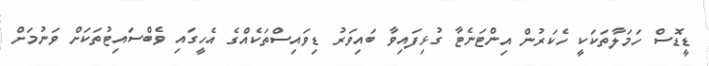
ޑީޑޮސް ހަމަލާތަކަކީ ހެކަރުން އިންޓަނެޓާ ގުޅިފައިވާ ބައިވަރު ޑިވައިސްތަކެއްގެ އެހީގައި ވެބްސައިޓުތަކަށް ވަނުމަށް